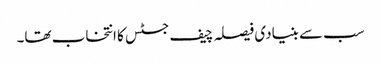
سب سے بنیادی فیصلہ چیف جسٹس کا انتخاب تھا۔